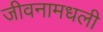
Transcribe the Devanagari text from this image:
जीवनामधली